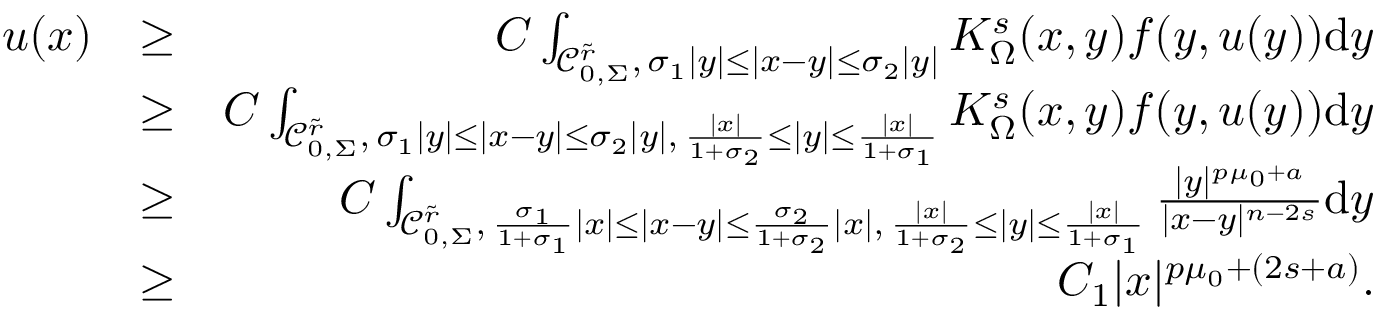
\begin{array} { r l r } { u ( x ) } & { \geq } & { C \int _ { \mathcal C _ { 0 , \Sigma } ^ { \tilde { r } } , \, \sigma _ { 1 } | y | \leq | x - y | \leq \sigma _ { 2 } | y | } K _ { \Omega } ^ { s } ( x , y ) f ( y , u ( y ) ) \mathrm d y } \\ & { \geq } & { C \int _ { \mathcal C _ { 0 , \Sigma } ^ { \tilde { r } } , \, \sigma _ { 1 } | y | \leq | x - y | \leq \sigma _ { 2 } | y | , \, \frac { | x | } { 1 + \sigma _ { 2 } } \leq | y | \leq \frac { | x | } { 1 + \sigma _ { 1 } } } K _ { \Omega } ^ { s } ( x , y ) f ( y , u ( y ) ) \mathrm d y } \\ & { \geq } & { C \int _ { \mathcal C _ { 0 , \Sigma } ^ { \tilde { r } } , \, \frac { \sigma _ { 1 } } { 1 + \sigma _ { 1 } } | x | \leq | x - y | \leq \frac { \sigma _ { 2 } } { 1 + \sigma _ { 2 } } | x | , \, \frac { | x | } { 1 + \sigma _ { 2 } } \leq | y | \leq \frac { | x | } { 1 + \sigma _ { 1 } } } \frac { | y | ^ { p \mu _ { 0 } + a } } { | x - y | ^ { n - 2 s } } \mathrm d y } \\ & { \geq } & { C _ { 1 } | x | ^ { p \mu _ { 0 } + ( 2 s + a ) } . } \end{array}